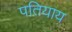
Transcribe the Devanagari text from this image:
पतियाय